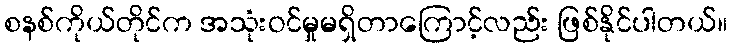
စနစ်ကိုယ်တိုင်က အသုံးဝင်မှုမရှိတာကြောင့်လည်း ဖြစ်နိုင်ပါတယ်။